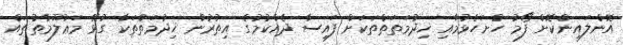
އޮންލައިންކޮށް ފޯމު ހުށަހެޅުމާއި ޚިދުމަތަތްތަކަށް ފައިސާ ދެއްކުމުގެ އިތުރުން ޚިދުމަތްތަކާ ގުޅޭ މަޢުލޫމާތުތައް